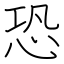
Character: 恐